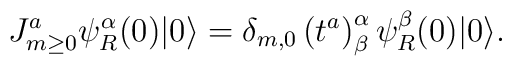
J^a_{m\ge0}\psi_R^\alpha(0)|0\rangle=\delta_{m,0}\left(t^a\right)^\alpha_\beta\psi^\beta_R(0)|0\rangle.